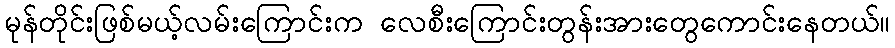
မုန်တိုင်းဖြစ်မယ့်လမ်းကြောင်းက လေစီးကြောင်းတွန်းအားတွေကောင်းနေတယ်။